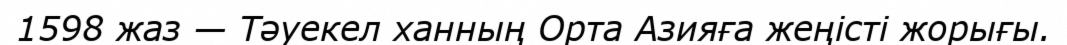
1598 жаз — Тәуекел ханның Орта Азияға жеңісті жорығы.